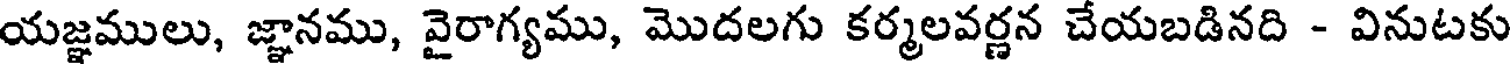
యజ్ఞములు, జ్ఞానము, వైరాగ్యము, మొదలగు కర్మలవర్ణన చేయబడినది - వినుటకు